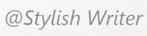
@Stylish Writer